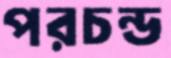
পরচন্ড